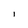
Character: i